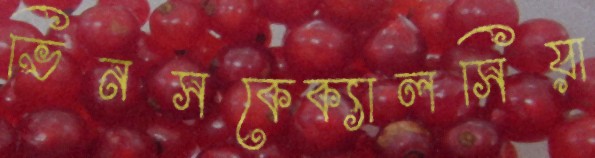
ভিনসকেক্যালসিয়া